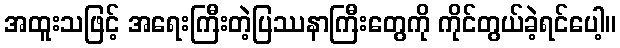
အထူးသဖြင့် အရေးကြီးတဲ့ပြဿနာကြီးတွေကို ကိုင်တွယ်ခဲ့ရင်ပေါ့။